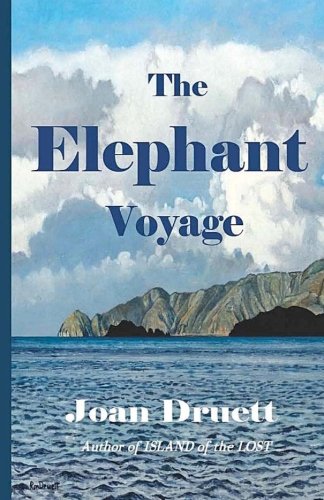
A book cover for The Elephant Voyage; Joan Druett; History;